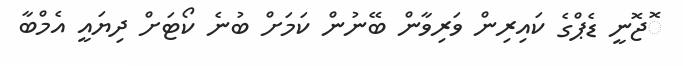
ޮޖޮނީ ޑެޕްގެ ކައިރިން ވަރިވާން ބޭނުން ކަމަށް ބުނެ ކޯޓަށް ދިޔައީ އެމްބާ